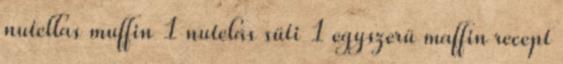
nutellas muffin 1 nutelás süti 1 egyszerü maffin recept